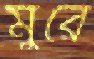
মুরে